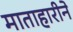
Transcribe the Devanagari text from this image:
माताहारीने